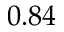
0 . 8 4